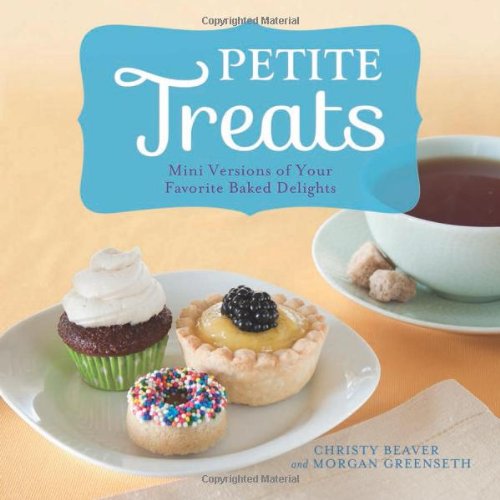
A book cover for Petite Treats: Adorably Delicious Versions of All Your Favorites from Scones, Donuts, and Cupcakes to Brownies, Cakes, and Pies; Morgan Greenseth; Cookbooks, Food & Wine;